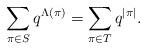
LaTeX: \begin{align*}\sum_{\pi\in S}q^{\Lambda(\pi)}=\sum_{\pi\in T} q^{|\pi|}.\end{align*}